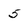
Character: 5